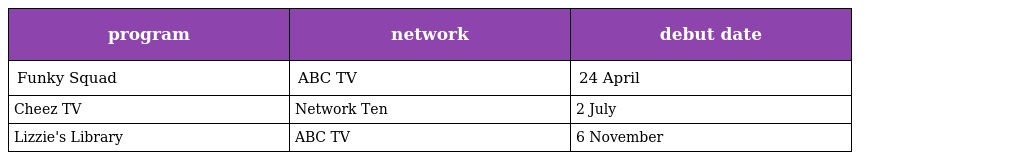
| program | network | debut date |
 | --- | --- | --- |
 | Funky Squad | ABC TV | 24 April |
 | Cheez TV | Network Ten | 2 July |
 | Lizzie's Library | ABC TV | 6 November |